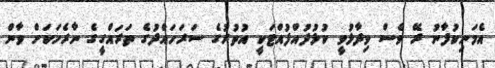
އެމަނިކުފާނު ރޭ ވެސް ވިދާޅުވީ ކުޅުދުއްފުއްޓަކީ އުތުރުގެ ސަރަހައްދުގެ ތަރައްގީގެ ނާރެހަކަށް ވާން